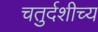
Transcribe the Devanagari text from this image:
चतुर्दशीच्य